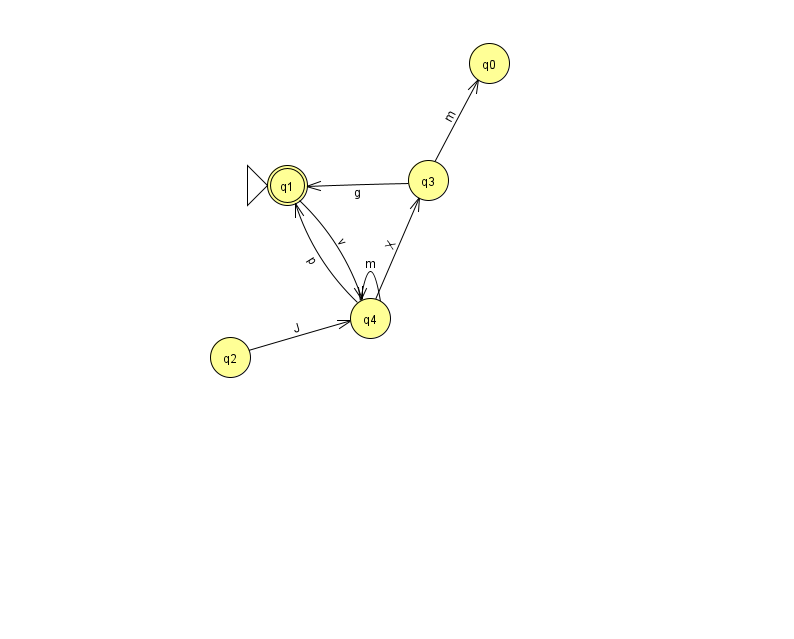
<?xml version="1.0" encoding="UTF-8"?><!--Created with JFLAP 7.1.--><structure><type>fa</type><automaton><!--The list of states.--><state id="0" name="q0"><x>489.0</x><y>50.0</y></state><state id="1" name="q1"><x>287.0</x><y>172.0</y><initial/><final/></state><state id="2" name="q2"><x>230.0</x><y>344.0</y></state><state id="3" name="q3"><x>428.0</x><y>167.0</y></state><state id="4" name="q4"><x>370.0</x><y>305.0</y></state><!--The list of transitions.--><transition><from>2</from><to>4</to><read>J</read></transition><transition><from>3</from><to>1</to><read>g</read></transition><transition><from>1</from><to>4</to><read>v</read></transition><transition><from>4</from><to>1</to><read>p</read></transition><transition><from>4</from><to>3</to><read>X</read></transition><transition><from>3</from><to>0</to><read>m</read></transition><transition><from>4</from><to>4</to><read>m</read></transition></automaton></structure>